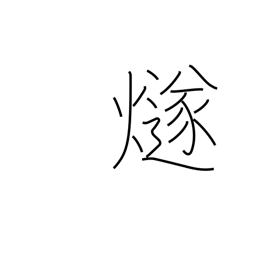
Meaning: signal fire